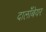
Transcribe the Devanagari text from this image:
दालाँबेयर